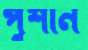
পুশান